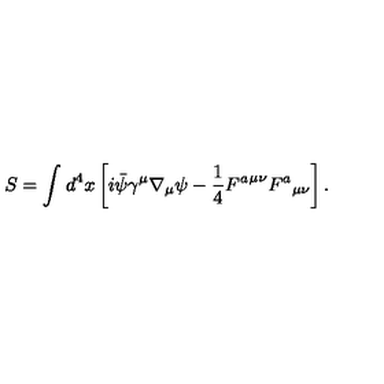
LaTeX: S = \int _ { } ^ { } d ^ { 4 } x \left[ i \bar { \psi } \gamma ^ { \mu } \nabla _ { \mu } \psi - \frac { 1 } { 4 } { F ^ { a } } ^ { \mu \nu } { F ^ { a } } _ { \mu \nu } \right] .